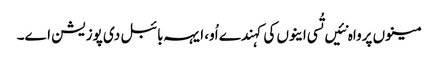
مینوں پرواہ نئیں تُسی اینوں کی کہندے اُو، ایہہ بائبل دی پوزیشن اے۔